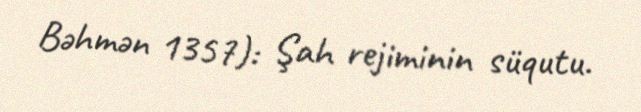
Bəhmən 1357): Şah rejiminin süqutu.